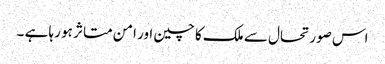
اس صورتحال سے ملک کا چین اور امن متاثر ہو رہا ہے ۔